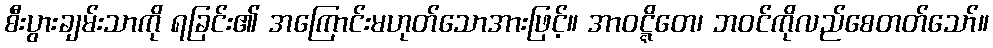
စီးပွားချမ်းသာကို ရခြင်း၏ အကြောင်းမဟုတ်သောအားဖြင့်။ အာဝဋ္ဋိတေ၊ ဘဝင်ကိုလည်စေတတ်သော်။